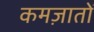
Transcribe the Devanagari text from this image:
कमज़ातों